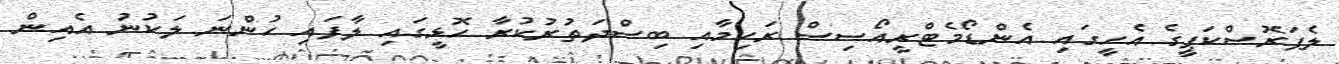
ލެޕަރޮސްކަޕީގެ އެހީގައި އެންޑޯމެޓްރީއޯސިސް ރަހިމާއި ބިސްދަތުރުކުރާ ހޮޅީގައި ލާފައި ހުންނަ ލަކުނު އެއިން